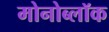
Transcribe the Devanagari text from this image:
मोनोब्लॉक